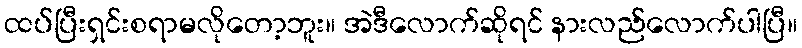
ထပ်ပြီးရှင်းစရာမလိုတော့ဘူး။ အဲဒီလောက်ဆိုရင် နားလည်လောက်ပါပြီ။